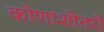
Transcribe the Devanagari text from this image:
कोणाशीतरी